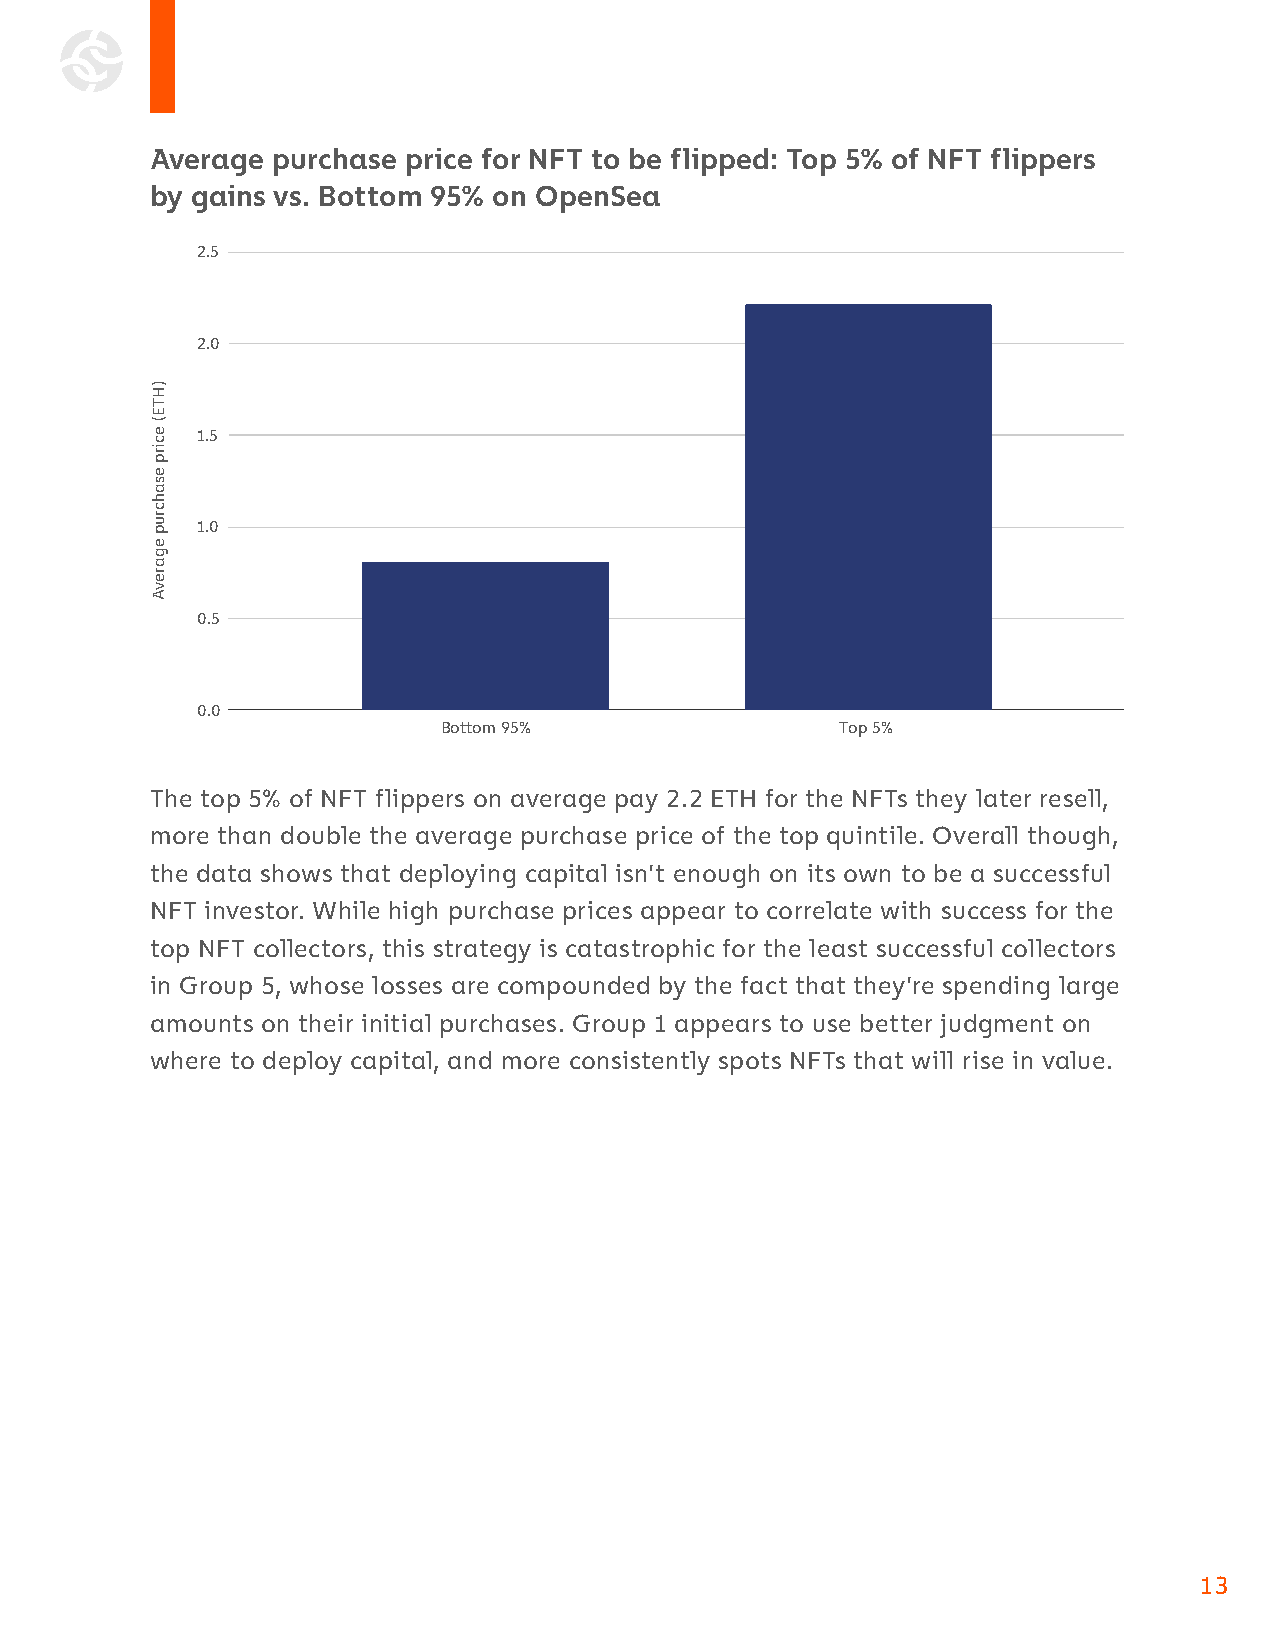
Average purchase price for NFT to be flipped: Top 5% of NFT flippers
 by gains vs. Bottom 95% on OpenSea
 2.5
 2.0
 1.5
 1.0
 0.5
 0.0
 Bottom 95%                 Top 5%
 The top 5% of NFT flippers on average pay 2.2 ETH for the NFTs they later resell,
 more than double the average purchase price of the top quintile. Overall though,
 the data shows that deploying capital isn’t enough on its own to be a successful
 NFT investor. While high purchase prices appear to correlate with success for the
 top NFT collectors, this strategy is catastrophic for the least successful collectors
 in Group 5, whose losses are compounded by the fact that they’re spending large
 amounts on their initial purchases. Group 1 appears to use better judgment on
 where to deploy capital, and more consistently spots NFTs that will rise in value.
 13
 )HTE(
 ecirp
 esahcrup
 egarevA